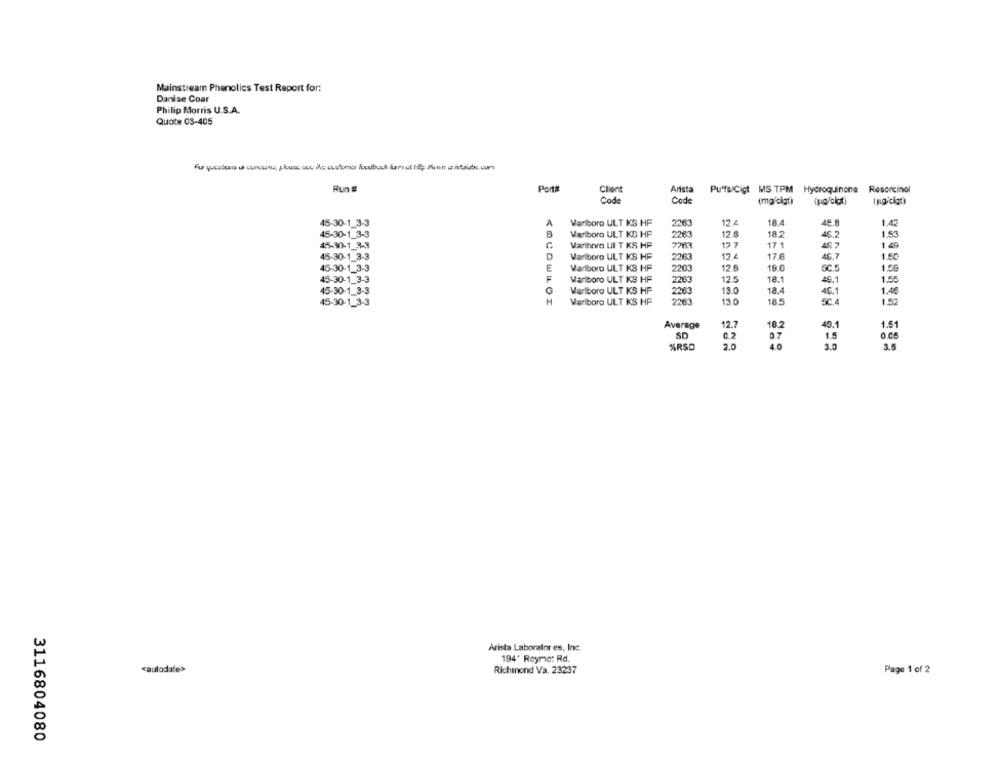
Mainstream Phenolics Test Report for:
Danise Coar
Philip Morris U.S.A.
Quote 03-405
Run #
Ports
Client
Arista
Puffs/Cigt MS TPM Hydroquinone Resorcinol
Code
Code
(mg'cigt)
Ing'cigo
12 2
18.4
45-30-1_3-3
A
Variboro ULT KS HF
2263
45.8
1.42
45-30-1_3-3
B
Marlboro ULT KS HP
2263
12.6
182
45.2
1.53
17 7
45.7
1 49
45-30-1_3-3
Marlboro UI T KS HP
17 1
45-30-1 3-3
D
Variboro ULT KS HF
2263
17 &
17.6
46,7
1.50
E
Marlboro ULT KS HF
12.8
19.0
SC.5
1.59
45-30-1_3-3
2203
45-30-1_3-3
F
Marlboro ULT KS HF
2263
125
18.1
46.1
1.5
45-30-1_3-3
G
Marlboro ULT KS HP
13.0
18.4
1.46
2263
45.1
45-30-1_3-3
H
Variboro ULT KS HF
2263
13.0
18.5
1.52
Average
12.7
18.2
49.1
1.51
SD
0.2
1.5
O.CE
0.7
%RSD
2.0
4.0
3.0
3.5
Arista Laborator es, Inc.
194' Reyme: Rd.
cautodate>
Richmond Va. 23237
Page 1 of 2
3116804080